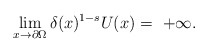
\begin{align*}\lim_{x\to\partial\Omega}\delta(x)^{1-s}U(x) =\ +\infty.\end{align*}